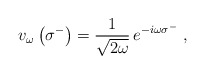
\begin{align*}v_{\omega}\left(\sigma^-\right)={1\over\sqrt{2\omega}}\,e^{-i\omega\sigma^-}\;,\end{align*}